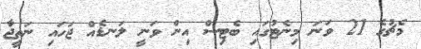
މެޗުގެ 21 ވަނަ މިނެޓުގައި ބެޓިސް އިން ވަނީ ލަނޑެއް ޖަހައި ނަތީޖާ